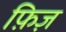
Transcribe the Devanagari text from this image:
फ़िज़